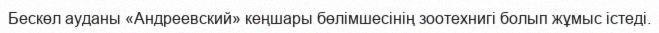
Бескөл ауданы «Андреевский» кеңшары бөлімшесінің зоотехнигі болып жұмыс істеді.